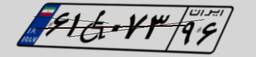
۶۱W۰۷۳۹۶